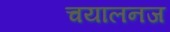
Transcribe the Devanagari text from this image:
चयालनज